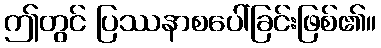
ဤတွင် ပြဿနာစပေါ်ခြင်းဖြစ်၏။